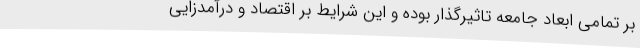
بر تمامی ابعاد جامعه تاثیرگذار بوده و این شرایط بر اقتصاد و درآمدزایی